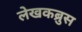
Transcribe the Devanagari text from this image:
लेखकब्रुस